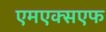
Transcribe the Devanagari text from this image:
एमएक्सएफ